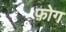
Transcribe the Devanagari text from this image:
फ़ोग